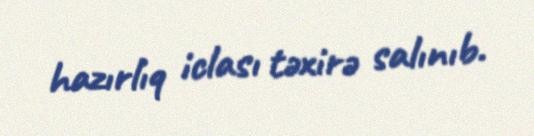
hazırlıq iclası təxirə salınıb.